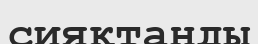
сияқтанды